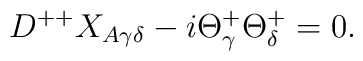
D^{++}X_{A\gamma\delta}-i\Theta^{+}_{\gamma}\Theta^{+}_{\delta}=0.